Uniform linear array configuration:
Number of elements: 8
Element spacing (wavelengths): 0.5
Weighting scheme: uniform
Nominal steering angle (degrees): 60
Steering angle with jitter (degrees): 58.469
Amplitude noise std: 0.05
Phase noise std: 0.05

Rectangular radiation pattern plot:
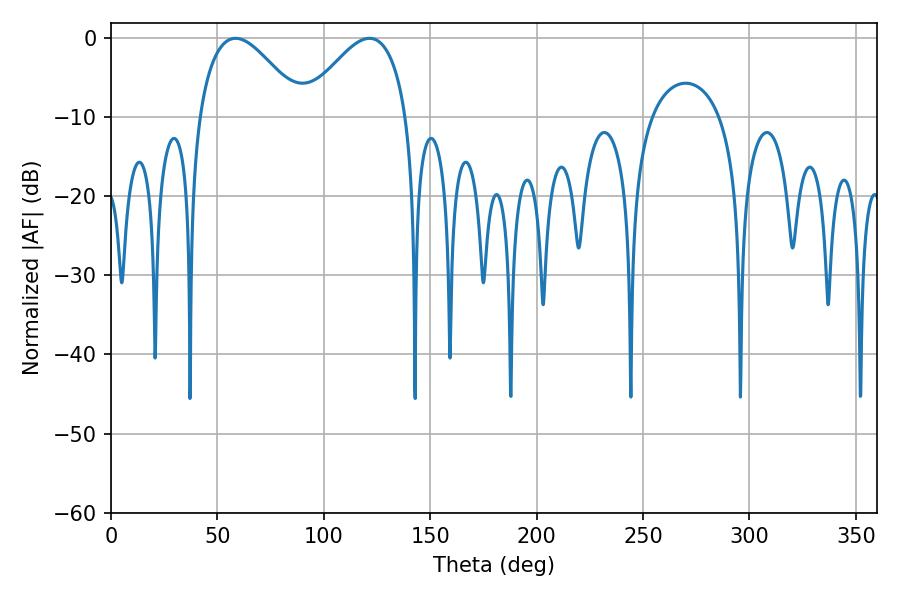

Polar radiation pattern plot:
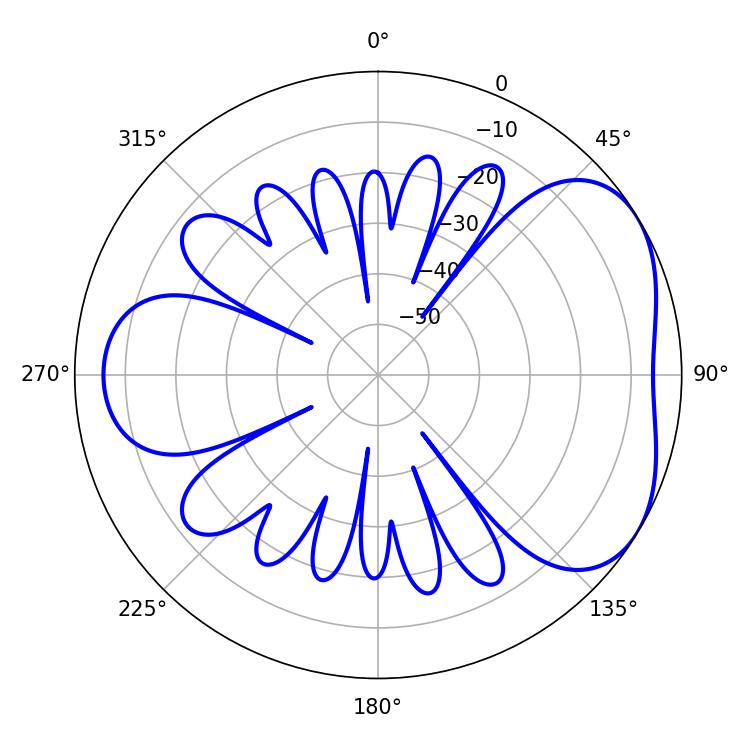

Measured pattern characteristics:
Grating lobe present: FALSE
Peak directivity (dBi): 4.36
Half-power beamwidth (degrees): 26.46
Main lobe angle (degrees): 58.5